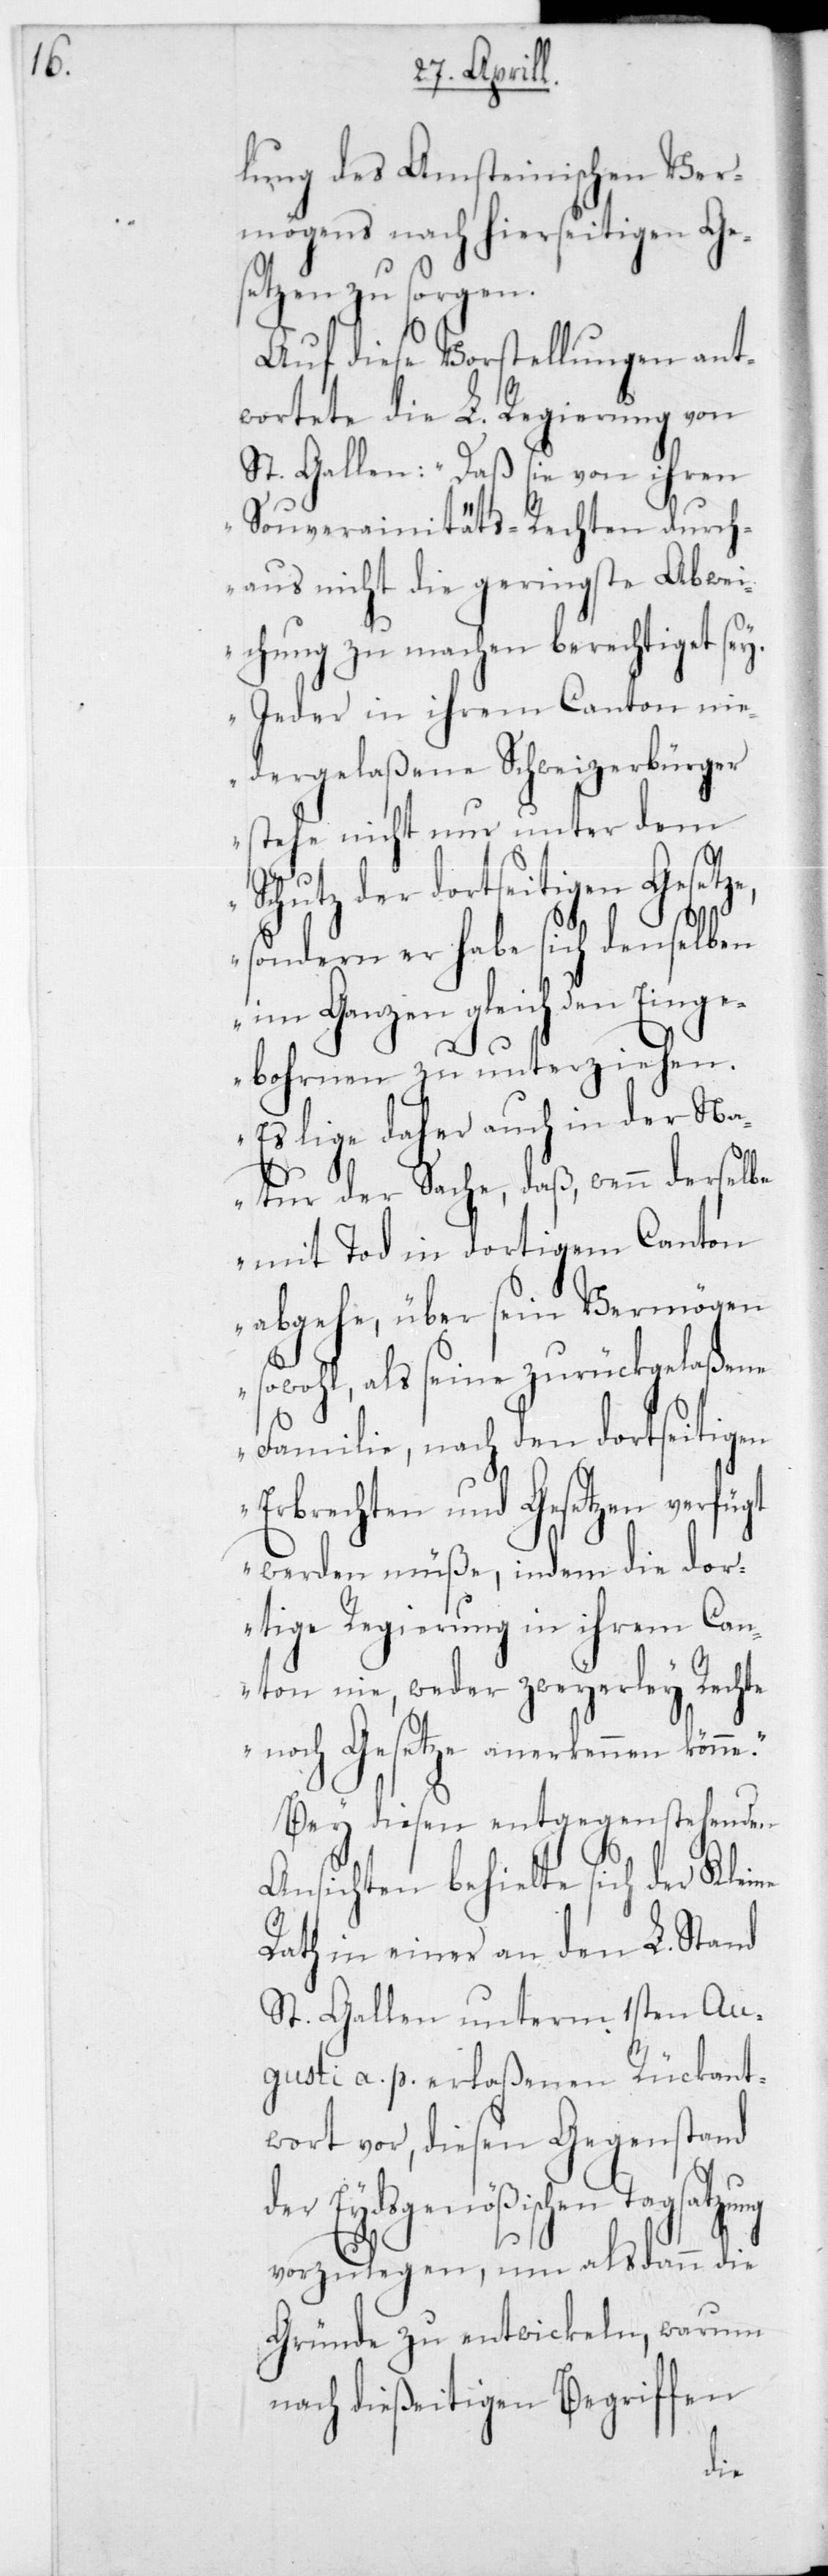
lung des Amsteinischen Ver¬
mögens nach hierseitigen Ges¬
etzen zu sorgen.
Auf diese Vorstellungen ant¬
wortete die L. Regierung von
St. Gallen: „Daß sie von ihren
Souverainitäts-Rechten durch¬
aus nicht die geringste Abwei¬
chung zu machen berechtiget sey.
Jeder in ihrem Canton nie¬
dergelaßene Schweizerbürger
stehe nicht nur unter dem
Schutz der dortseitigen Gesetz¬
sondern er habe sich denselben
im Ganzen gleich den Einge¬
bohrnen zu unterziehen.
Es lige daher auch in der Na¬
tur der Sache, dass wenn derselbe
mit Tod in dortigem Kanton
abgehe, über sein Vermögen
sowohl, als seine zurückgelassene
Familie, nach den dortseitigen
Erbrechten und Gesetzen verfügt
werden müsse, indem die dor¬
tige Regierung in ihrem Kan¬
ton nie, weder zweierlei Rechte
noch Gesetze anerkennen
Bey diesen entgegenstehenden
Ansichten behielte sich der Kleine
Rath in einer an den L. Stand
St. Gallen unterm 1sten Au¬
gusti a. p. erlaßenen Rückant¬
wort vor, diesen Gegenstand
der Eydsgenößischen Tagsatzung
vorzulegen, um alsdann die
Gründe zu entwickeln, warum
nach dießeitigen Begriffen
e,